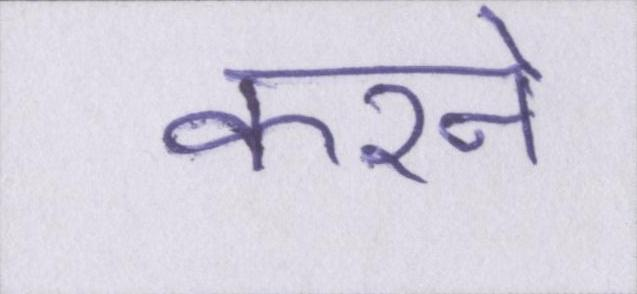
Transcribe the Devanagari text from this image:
करने